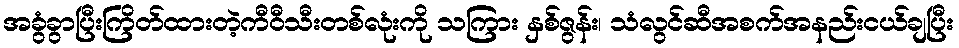
အခွံခွာပြီးကြိတ်ထားတဲ့ကီဝီသီးတစ်လုံးကို သကြား နှစ်ဇွန်း၊ သံလွင်ဆီအစက်အနည်းငယ်ချပြီး